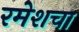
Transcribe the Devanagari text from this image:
रमेशचा